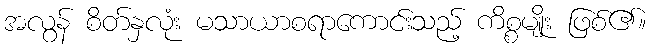
အလွန် စိတ်နှလုံး မသာယာစရာကောင်းသည့် ကိစ္စမျိုး ဖြစ်၏။